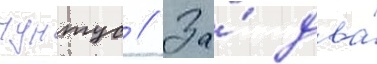
пунтус // За́ два́